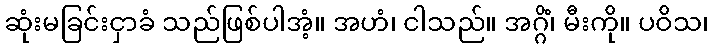
ဆုံးမခြင်းငှာခံ သည်ဖြစ်ပါအံ့။ အဟံ၊ ငါသည်။ အဂ္ဂိံ၊ မီးကို။ ပဝိသ၊